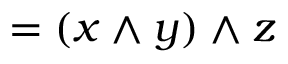
= ( x \wedge y ) \wedge z